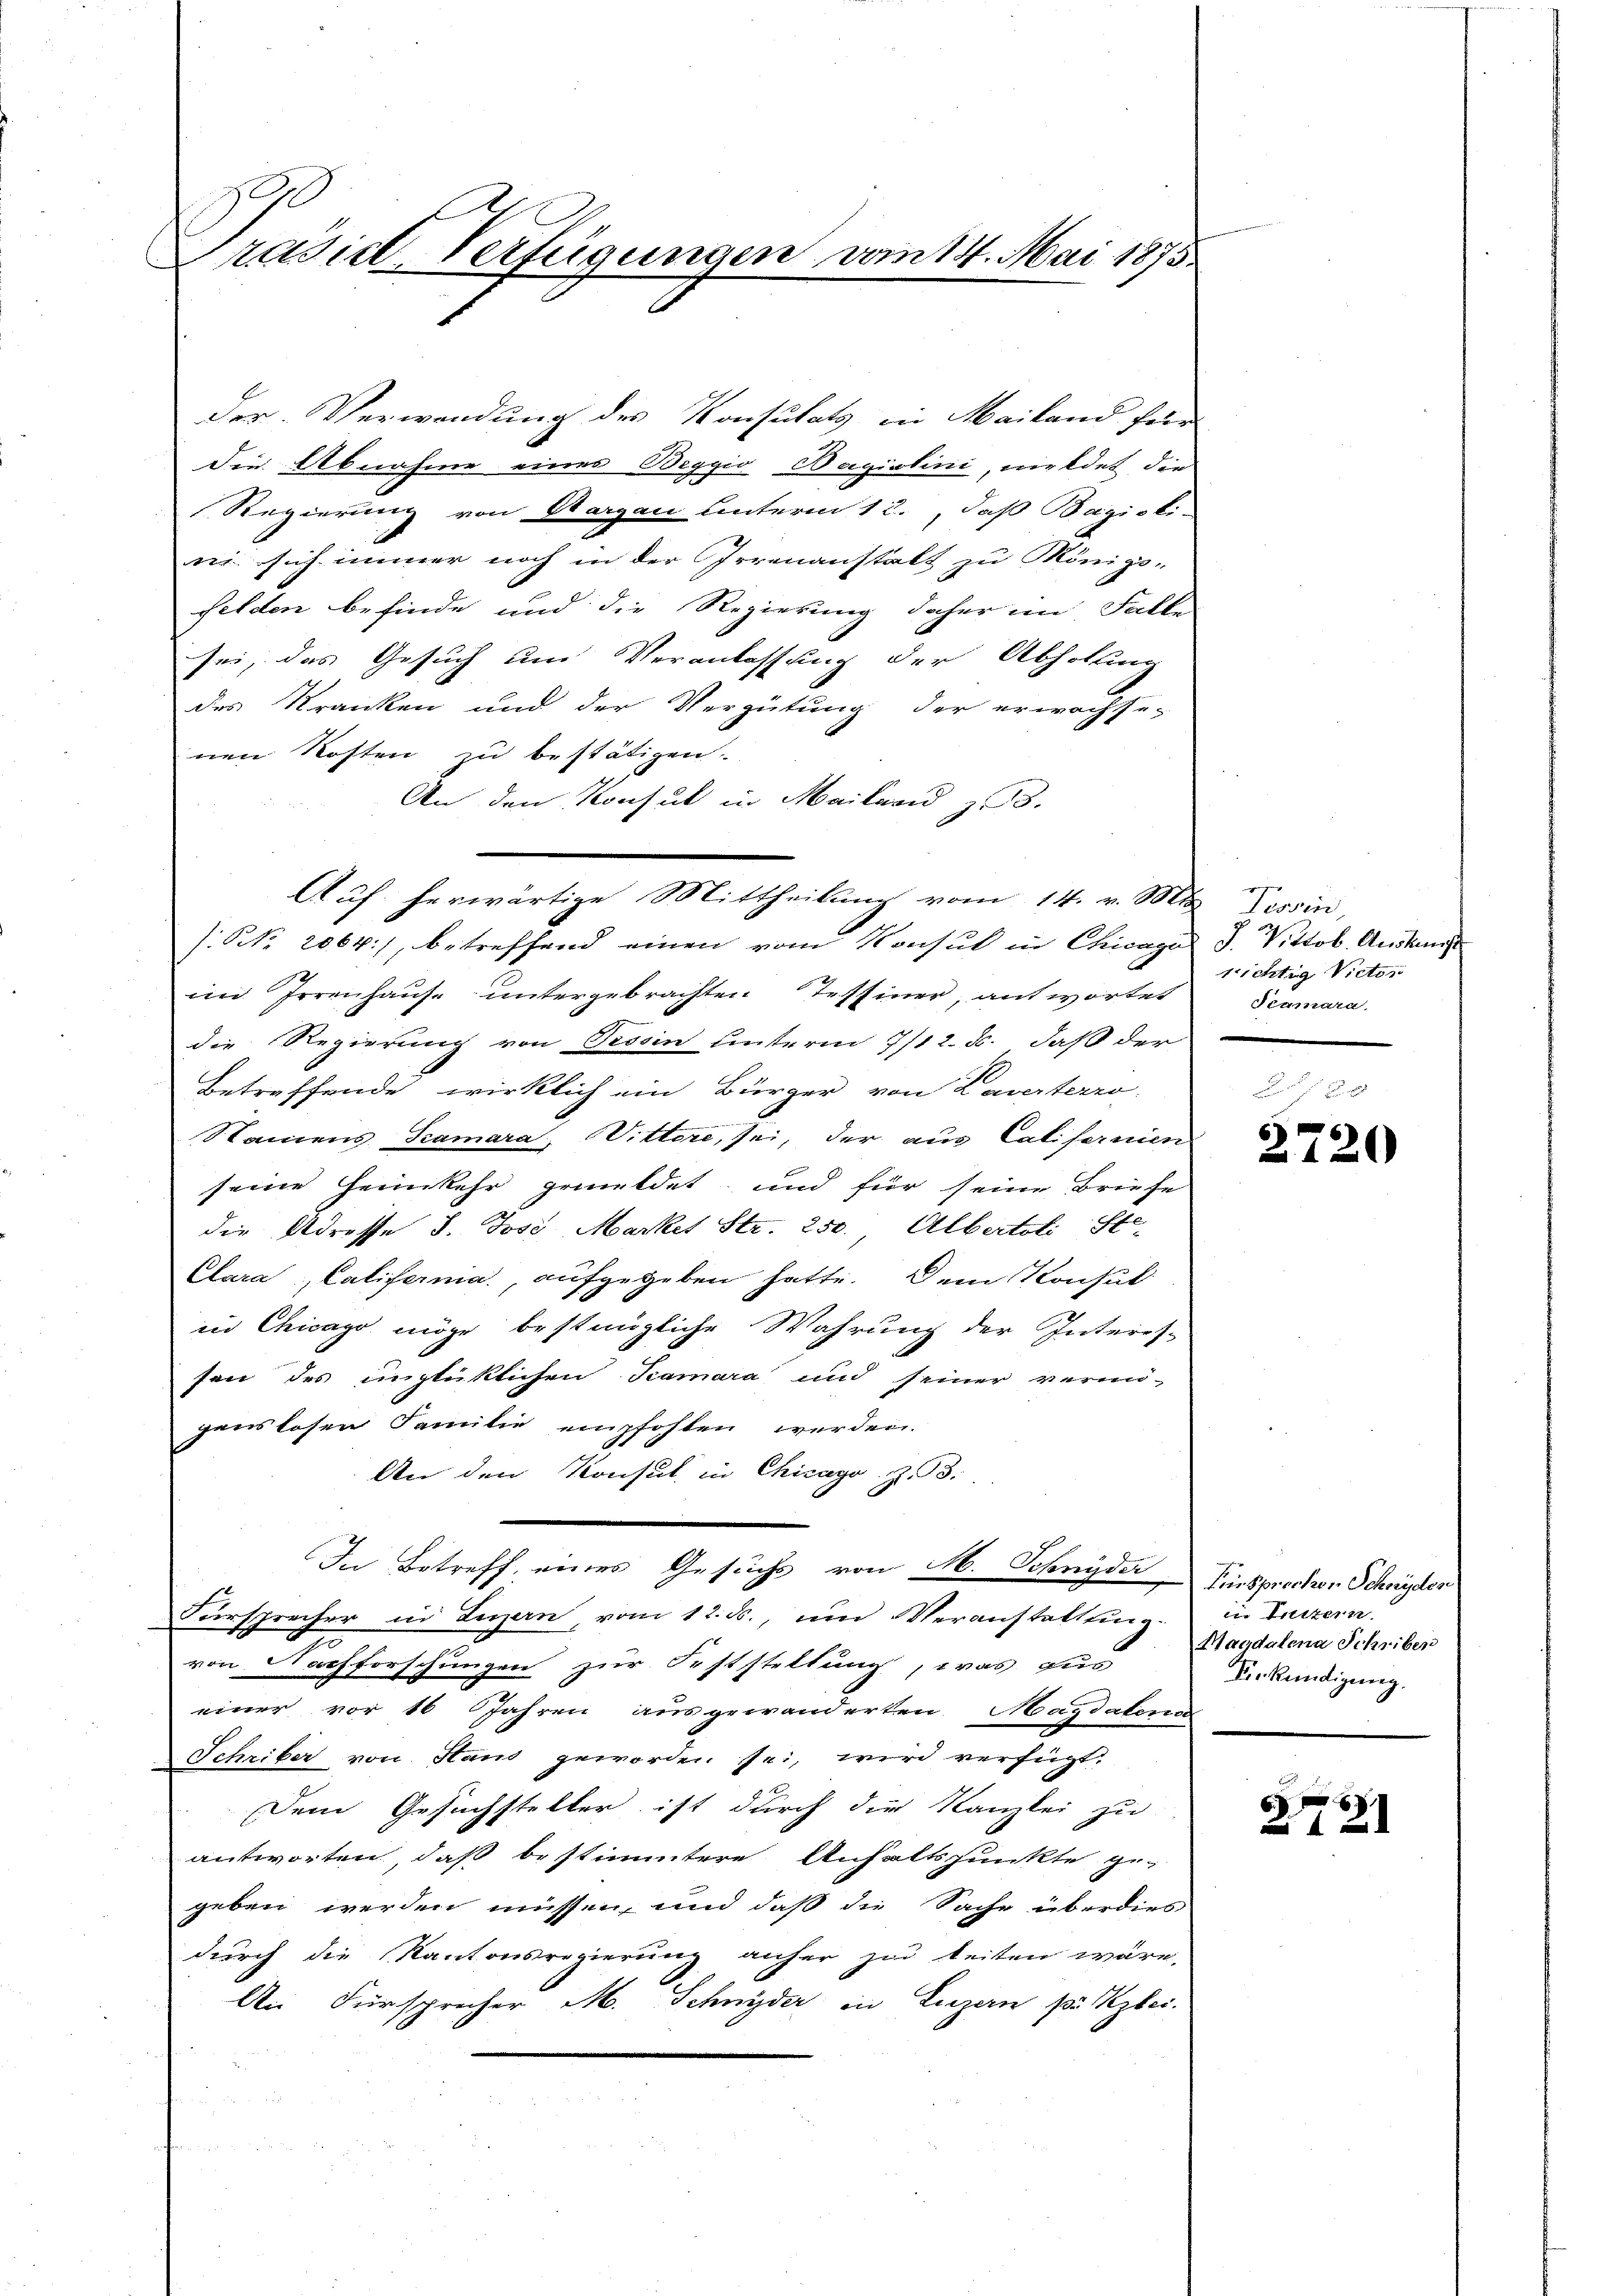
d
e
Prasiel Verfügungen vom 14. Mai 1873

der Verwendung des Konsulats in Mailand für
Die Abnahme eines Beggio Bagiolini, meldet die
Regierung von Aargau unterm 1 c., daß Bazisti-
n sich immer noch in der Irrenanstalt zu Königs-
felden befinde und die Regierung daher im Falle
sei, das Gesuch um Veranlassung der Abholung
des Kranken und der Vergütung der erwachse-
nen Kosten zu bestätigen.
An den Konsul in Mailar z.
im Irrenhause untergebrachten Tessiner, antwortet
die Regierung von Tessin unterm 7/12. d. daß der
Betreffende wirklich ein Bürger von Laverterro-
Namens Samara, Wittere, sei, der aus Califernien
seine Heimkehr gemeldet und für seine Briefe
die Adresse d. Jose, Market Str. 250. Albertoli Ste
Clara, Califerna, aufgegeben hatte. Dem Konsul
in Chicago möge bestängliche Wahrung der Interes-
sen des unglücklichen Samara und seiner vermö-
gens losen Familie empfohlen werden.
An den Konsul in Chicago z. B.
In Betreff eines Gesuchs von M. Schnyder
Fürsprecher in Luzern, vom 12. ds., um Veranstattung
von Nachforschungen zur Feststellung, was aus
einer vor 16 Jahren ausgewanderten Magdalena
Schriber von Stand geworden sei, wird verfügt:
Dem Gesuchsteller ist durch die Kanzlei zu
antworten, daß bestimmtere Anhaltspunkte ge-
geben werden müssen, und daß die Sache überdies
durch die Kantonsregierung anher zu leiten wäre.
An Fürsprecher M. Schnyder in Luzern pr Kzlei.

Auf. herwärtige Mittheilung vom 14. v. Mts. Tessin,
(NNo. 2064), betreffend einen vom Konsul in Chicago

J. Viktob. Auskunft
richtig Victor
Scamara.

2720

Fürsprochen Schnyder
in Leitern
Magdalena Schriben
Verkündigung.

6